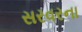
સરવરના